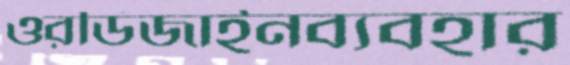
ওরডিজাইনব্যবহার